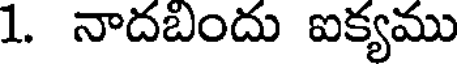
1. నాదబందు ఐక్యము